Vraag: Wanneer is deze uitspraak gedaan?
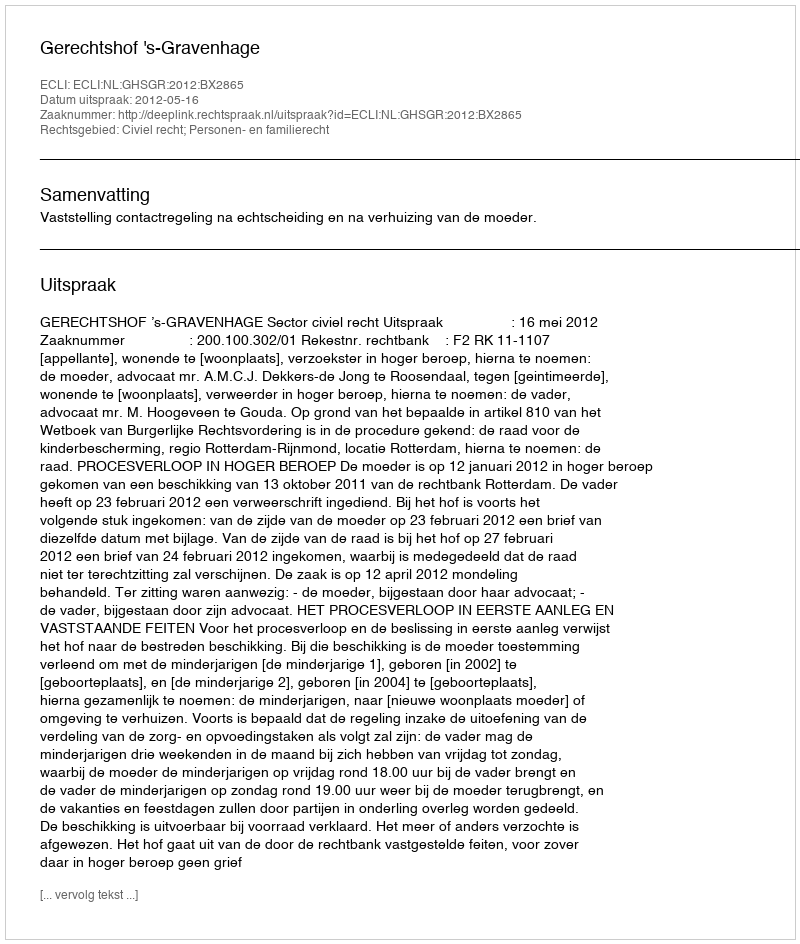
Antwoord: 2012-05-16